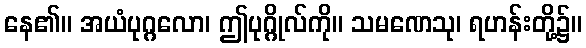
နေ၏။ အယံပုဂ္ဂလော၊ ဤပုဂ္ဂိုလ်ကို။ သမဏေသု၊ ရဟန်းတို့၌။